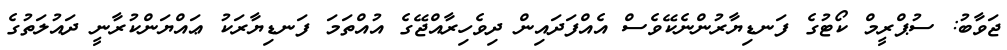
ޖަވާބު: ސުޕްރީމް ކޯޓުގެ ފަނޑިޔާރުންނެކޭވެސް އެއްފަދައިން ދިވެހިރާއްޖޭގެ އުއްތަމަ ފަނޑިޔާރަކު ޢައްޔަންކުރާނީ ދައުލަތުގެ